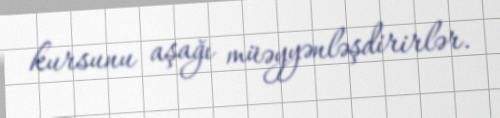
kursunu aşağı müəyyənləşdirirlər.